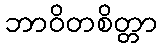
ဘာဝိတစိတ္တာ